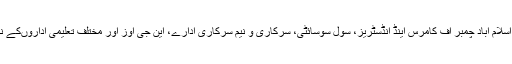
ترجمان نے بتایا کہ شجر کاری مہم میں اسلام آباد چمبر آف کامرس اینڈ انڈسٹریز، سول سوسائٹی، سرکاری و نیم سرکاری ادارے، این جی اوز اور مختلف تعلیمی اداروںکے نمائندے کثیر تعداد میں شرکت کریں گے۔